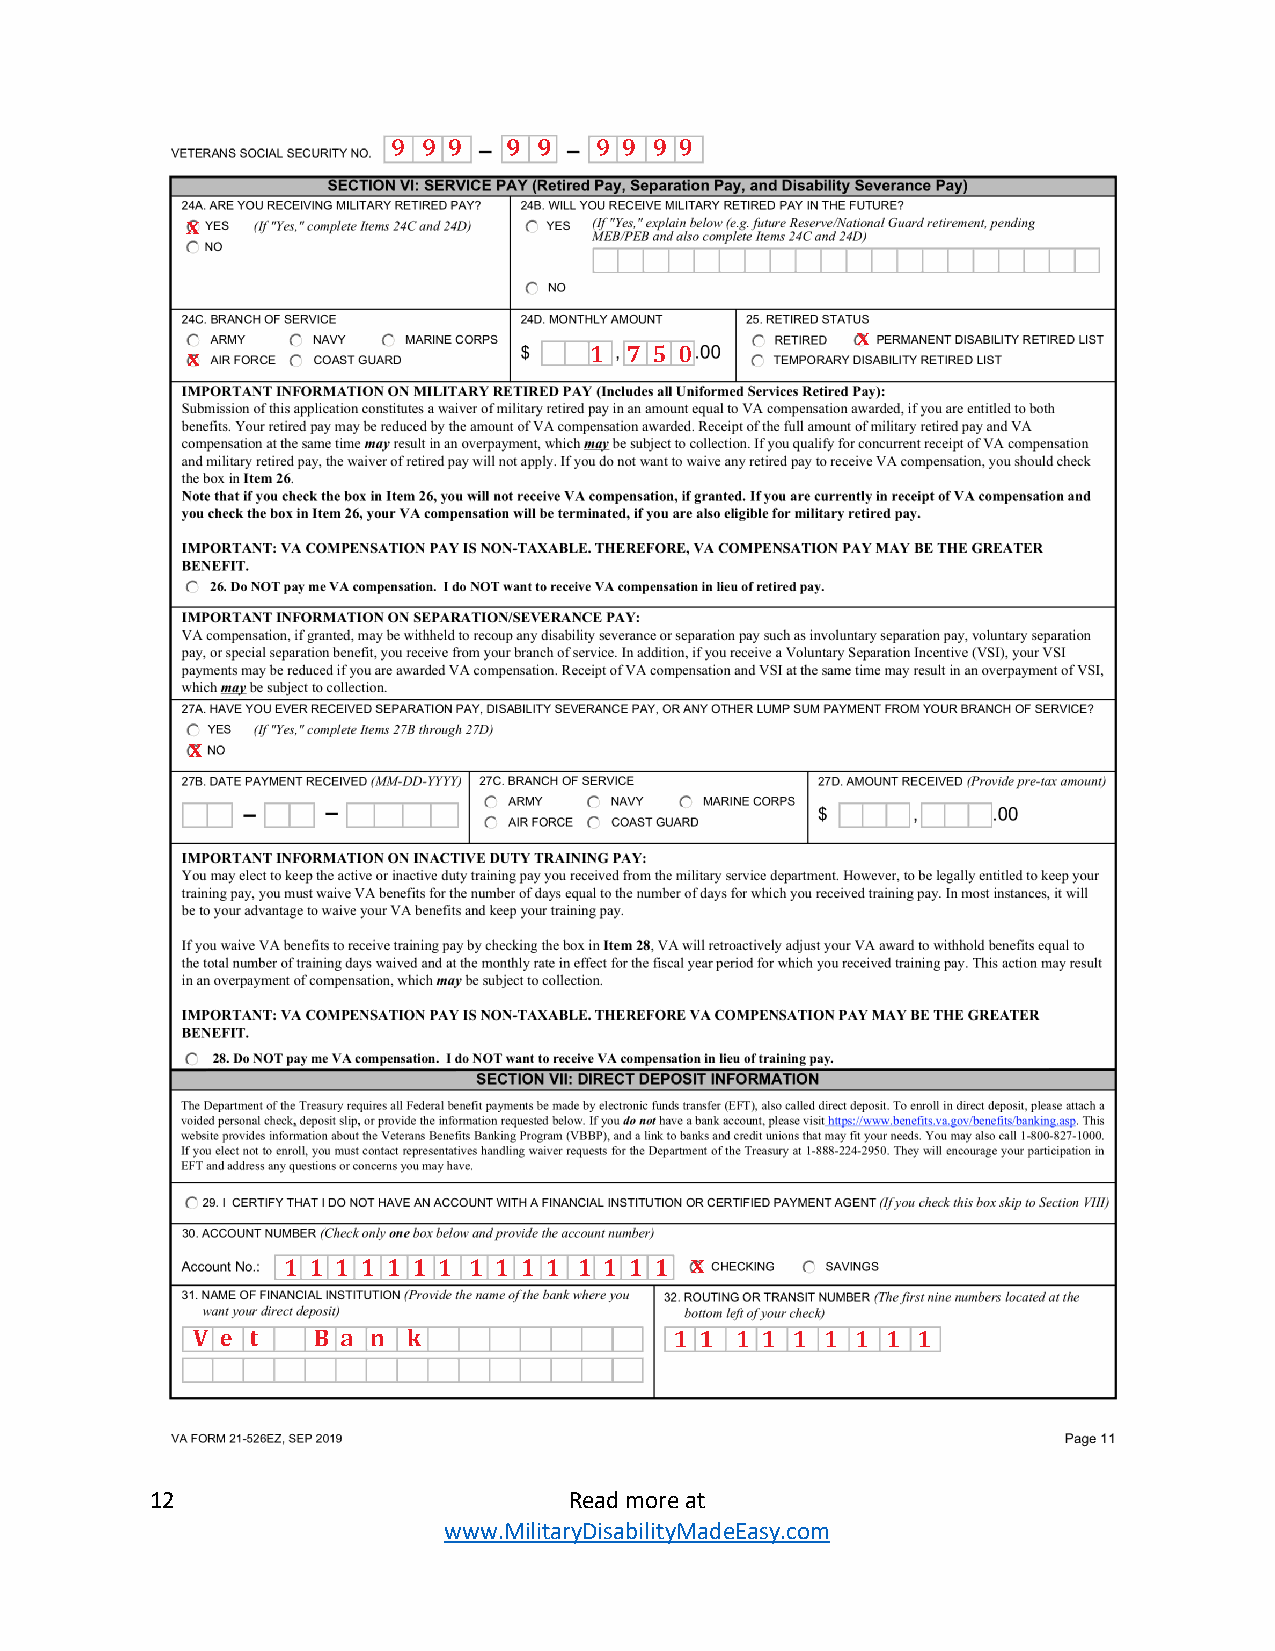
12                          Read more at
 www.MilitaryDisabilityMadeEasy.com